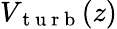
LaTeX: V_{\mathrm{~t~u~r~b~}}(z)